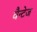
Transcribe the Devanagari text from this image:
वैन्टेज